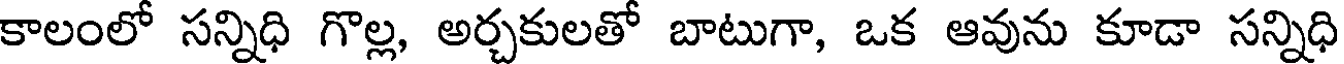
కాలంలో సన్నిధి గొల్ల, అర్చకులతో బాటుగా, ఒక ఆవును కూడా సన్నిధి